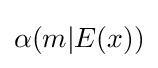
\alpha (m\vert E(x))